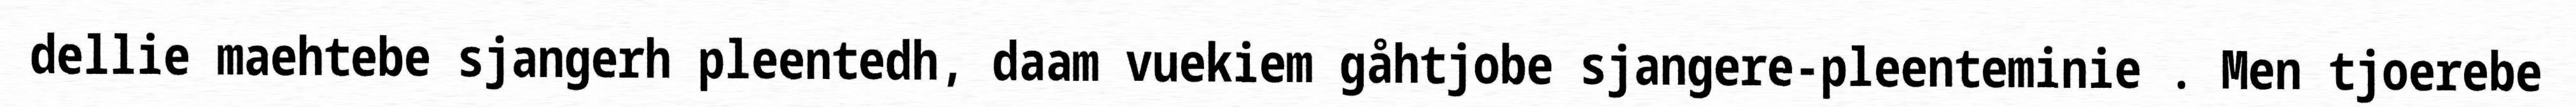
dellie maehtebe sjangerh pleentedh, daam vuekiem gåhtjobe sjangere-pleenteminie . Men tjoerebe